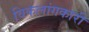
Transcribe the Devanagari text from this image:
विकलांगकारी